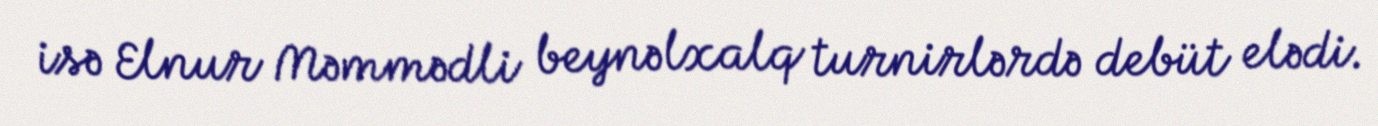
isə Elnur Məmmədli beynəlxalq turnirlərdə debüt elədi.